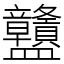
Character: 䀍